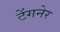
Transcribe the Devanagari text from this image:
टेंगनेर